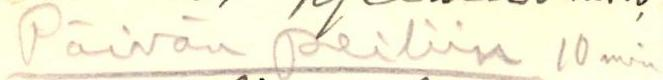
Päivän peiliin 10 min